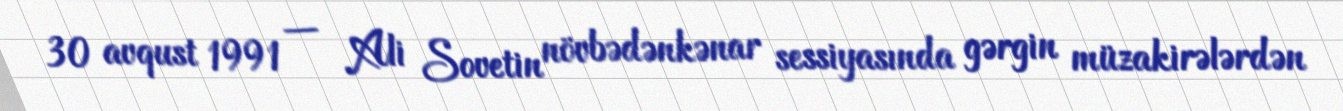
30 avqust 1991 — Ali Sovetin növbədənkənar sessiyasında gərgin müzakirələrdən